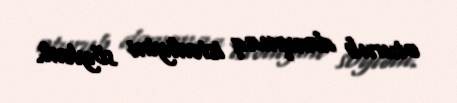
oturub danışmaq istədiyini söylədi.